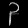
Digit: ၃